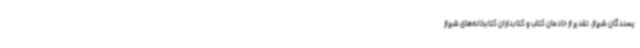
یسندگان شیراز، تقدیر از خادمان کتاب و کتابداران کتابخانه‌های شیراز